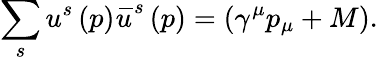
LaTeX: \sum_{s}u^{s}\left(p\right)\, \overline{{\! {u}}}^{s}\left(p\right)=\left(\gamma^{\mu}p_{\mu}+M\right).